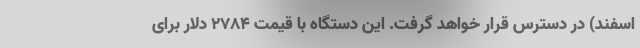
اسفند) در دسترس قرار خواهد گرفت. این دستگاه با قیمت 2784 دلار برای